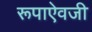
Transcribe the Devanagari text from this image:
रूपाऐवजी